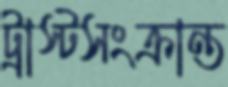
ট্রাস্টসংক্রান্ত